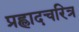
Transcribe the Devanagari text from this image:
प्रह्लादचरित्र